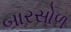
બારસોળ